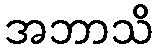
အဘာသိ